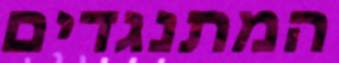
המתנגדים